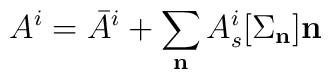
A^i = \bar{A}^i + \sum_{\bf n} A_{s}^i[{\Sigma_{\bf n}}] {\bf n}